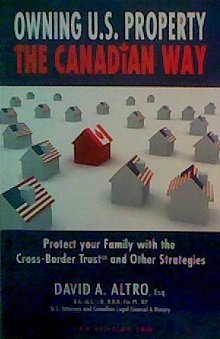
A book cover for Owning U.S. Property The Canadian Way; Cookbooks, Food & Wine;